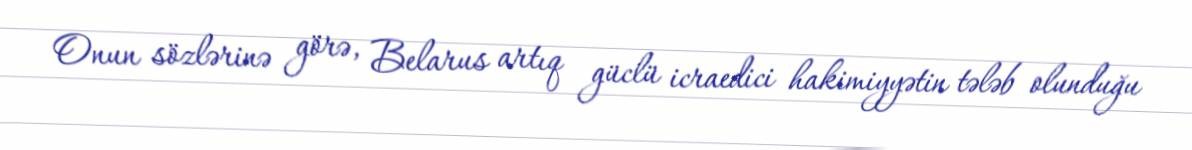
Onun sözlərinə görə, Belarus artıq güclü icraedici hakimiyyətin tələb olunduğu